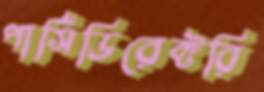
পার্সিডিরেক্টরি